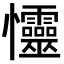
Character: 㦭